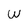
Character: w